Lunatic asylums United Prov. 1922-30 - 1922-1930
Year: 1922
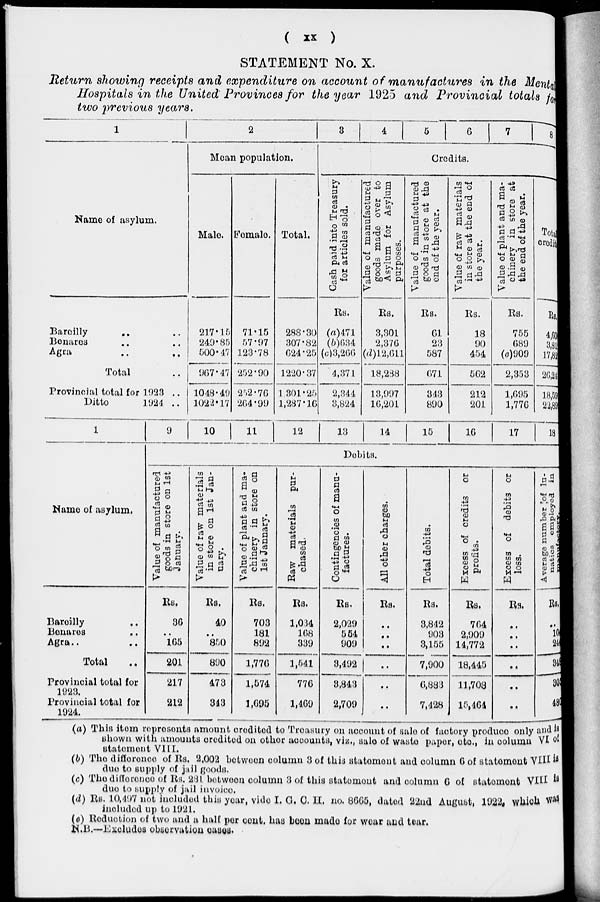
( xx )
STATEMENT No. X.
Return showing receipts and expenditure on account of manufactures in the Mental
Hospitals in the United Provinces for the year 1925 and Provincial totals for
two previous years.
1
Name of asylum.
Bareilly
..
..
Benares .. ..
Agra .. ..
Total ..
Provincial total for 1923 ..
Ditto
1924
..
2
Mean population.
Male.
217.15
249.85
500.47
967.47
1048.40
1022.17
Female.
71.15
57.97
123.78
252.90
252.76
264.99
Total.
288.30
307.82
624.25
1220.37
1301.25
1,287.16
3
4
5
6
7
8
Credits.
Cash paid into Treasury
for articles sold.
Rs.
(a)471
(b)634
(c)3,266
4,371
2,344
3,824
Value of manufactured
goods made over to
Asylum for Asylum
purposes.
Rs.
3,301
2,376
(d) 12,611
18,288
13,007
16,201
Value of manufactured
goods in store at the
end of the year.
Rs.
01
23
587
071
343
890
Value of raw materials
in store at the end of
the year.
Rs.
18
00
454
502
212
201
Value of plant and ma-
chinery in store at
the end of the year.
Rs.
755
089
(e)909
2,353
1,095
1,776
Total
credit
Kb,
4,60
3,81
17,85
26,24
18,59
22,89
1
Name of asylum.
Bareilly ..
Benares ..
Agra .. ..
Total ..
Provincial total for
1923.
Provincial total for
1924.
9
10
11
12
13
14
15
16
17
18
Debits.
Value of manufactured
goods in store on 1st
January.
Rs.
36
..
165
201
217
212
Value of raw materials
in store on 1st Jan-
uary.
Rs.
40
..
850
890
473
343
Value of plant and ma-
chinery in store on
1st Jannary.
Rs.
703
181
892
1,776
1,574
1,695
Raw materials pur-
chased.
Rs.
1,034
108
339
1,541
776
1,469
Contingencies of manu-
factures.
Rs.
2,029
554
909
3,492
3,843
2,709
All other charges.
Rs.
..
..
..
..
..
..
Total dehits.
Rs.
3,842
903
3,155
7,900
6,883
7,428
Excess of credits or
profits.
Rs.
764
2,909
14,772
18,445
11,708
15,464
Excess of debits or
loss.
Rs.
..
..
..
..
..
..
Average number of lu-
natics employed in
Rs.
..
10
24
34
36
48
(a) This item represents amount credited to Treasury on account of sale of factory produce only and is
shown with amounts credited on other accounts, viz., sale of waste paper, etc., in column VI of
statement VIII.
(b) The difference of Rs. 2,002 between column 3 of this statement and column 6 of statement VIII is
duo to supply of jail goods.
(c) The difference of Rs. 281 between column 3 of this statement and column 6 of statement VIII is
due to supply of jail invoice
(d) Rs. 10,497 not included this year, vide I. C. C. H. no. 8665, dated 22nd August, 1922, which was
included up to 1921.
(e) Reduction of two and a half per cent. has been made for wear and tear.
N.B.—Excludes observation cases.